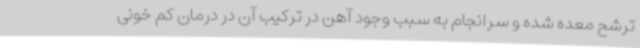
ترشح معده شده و سرانجام به سبب وجود آهن در ترکیب آن در درمان کم خونی